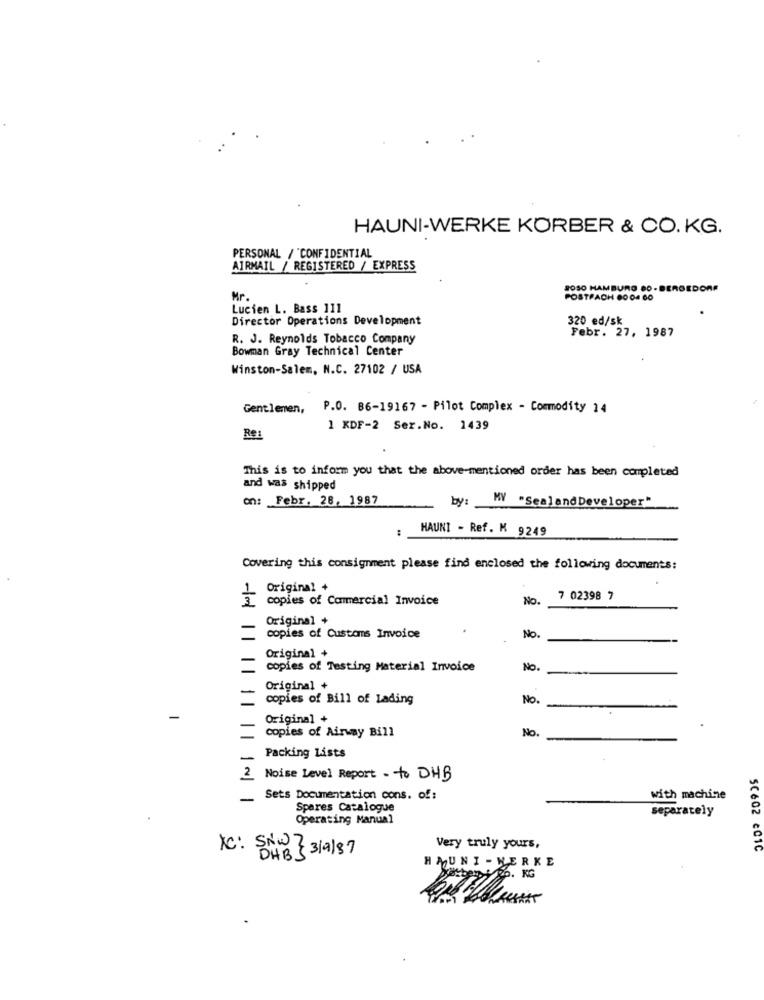
HAUNI-WERKE KORBER & CO. KG.
PERSONAL / "CONFIDENTIAL
AIRMAIL / REGISTERED / EXPRESS
8050 HAMBURG 80 -BERGEDORF
Mr.
POSTFACH 80 04 00
Lucien L. Bass 111
Director Operations Development
320 ed/sk
Febr. 27, 1987
R. J. Reynolds Tobacco Company
Bowman Gray Technical Center
Winston-Salem, N.C. 27102 / USA
Gentlemen,
P.O. 86-19167 - Pilot Complex - Commodity 14
1 KDF-2 Ser.No. 1439
Re:
This is to inform you that the above-mentioned order has been completed
and was shipped
on: Febr. 28, 1987
by:
MY "SealandDeveloper"
:
HAUNI - Ref. M 9249
Covering this consignment please find enclosed the following documents:
1 Original +
3 copies of Commercial Invoice
No.
7 02398 7
Original +
copies of Customs Invoice
No.
Original +
copies of Testing Material Invoice
No.
Original +
copies of Bill of Lading
No.
Original +
copies of Airway Bill
No.
Packing Lists
2 Noise Level Report - to DHB
-
Sets Documentation cons. of:
with machine
Spares Catalogue
separately
Operating Manual
Very truly yours,
50602 CC1C
XC: SNUR 319/87
DHB .
HAUNI - HERKE
8. KG